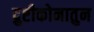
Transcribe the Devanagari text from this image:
द्रुष्टीकोनातुन